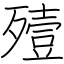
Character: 殪